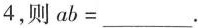
4，则$$a b = _ _ _ .$$